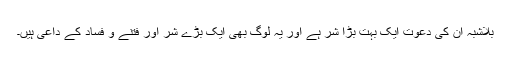
بلاشبہ ان کی دعوت ایک بہت بڑا شر ہے اور یہ لوگ بھی ایک بڑے شر اور فتنے و فساد کے داعی ہیں۔